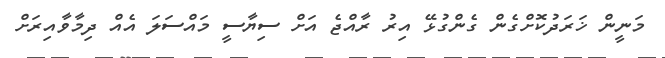
މަނީން ޚަރަދުކޮށްގެން ގެންގުޅޭ އިރު ރާއްޖެ އަށް ސިޔާސީ މައްސަލަ އެއް ދިމާވާއިރަށް